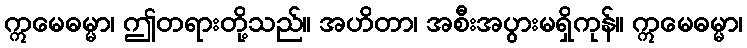
ဣမေဓမ္မာ၊ ဤတရားတို့သည်။ အဟိတာ၊ အစီးအပွားမရှိကုန်။ ဣမေဓမ္မာ၊